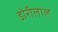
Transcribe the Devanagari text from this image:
डोरीलाल